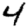
Digit: 4